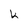
Character: k